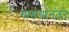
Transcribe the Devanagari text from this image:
गाडयांनंतर